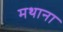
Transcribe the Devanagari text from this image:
मथाना